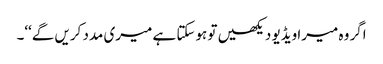
اگر وہ میرا ویڈیو دیکھیں تو ہوسکتا ہے میری مدد کریں گے‘‘۔